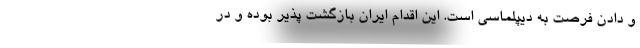
و دادن فرصت به دیپلماسی است. این اقدام ایران بازگشت پذیر بوده و در